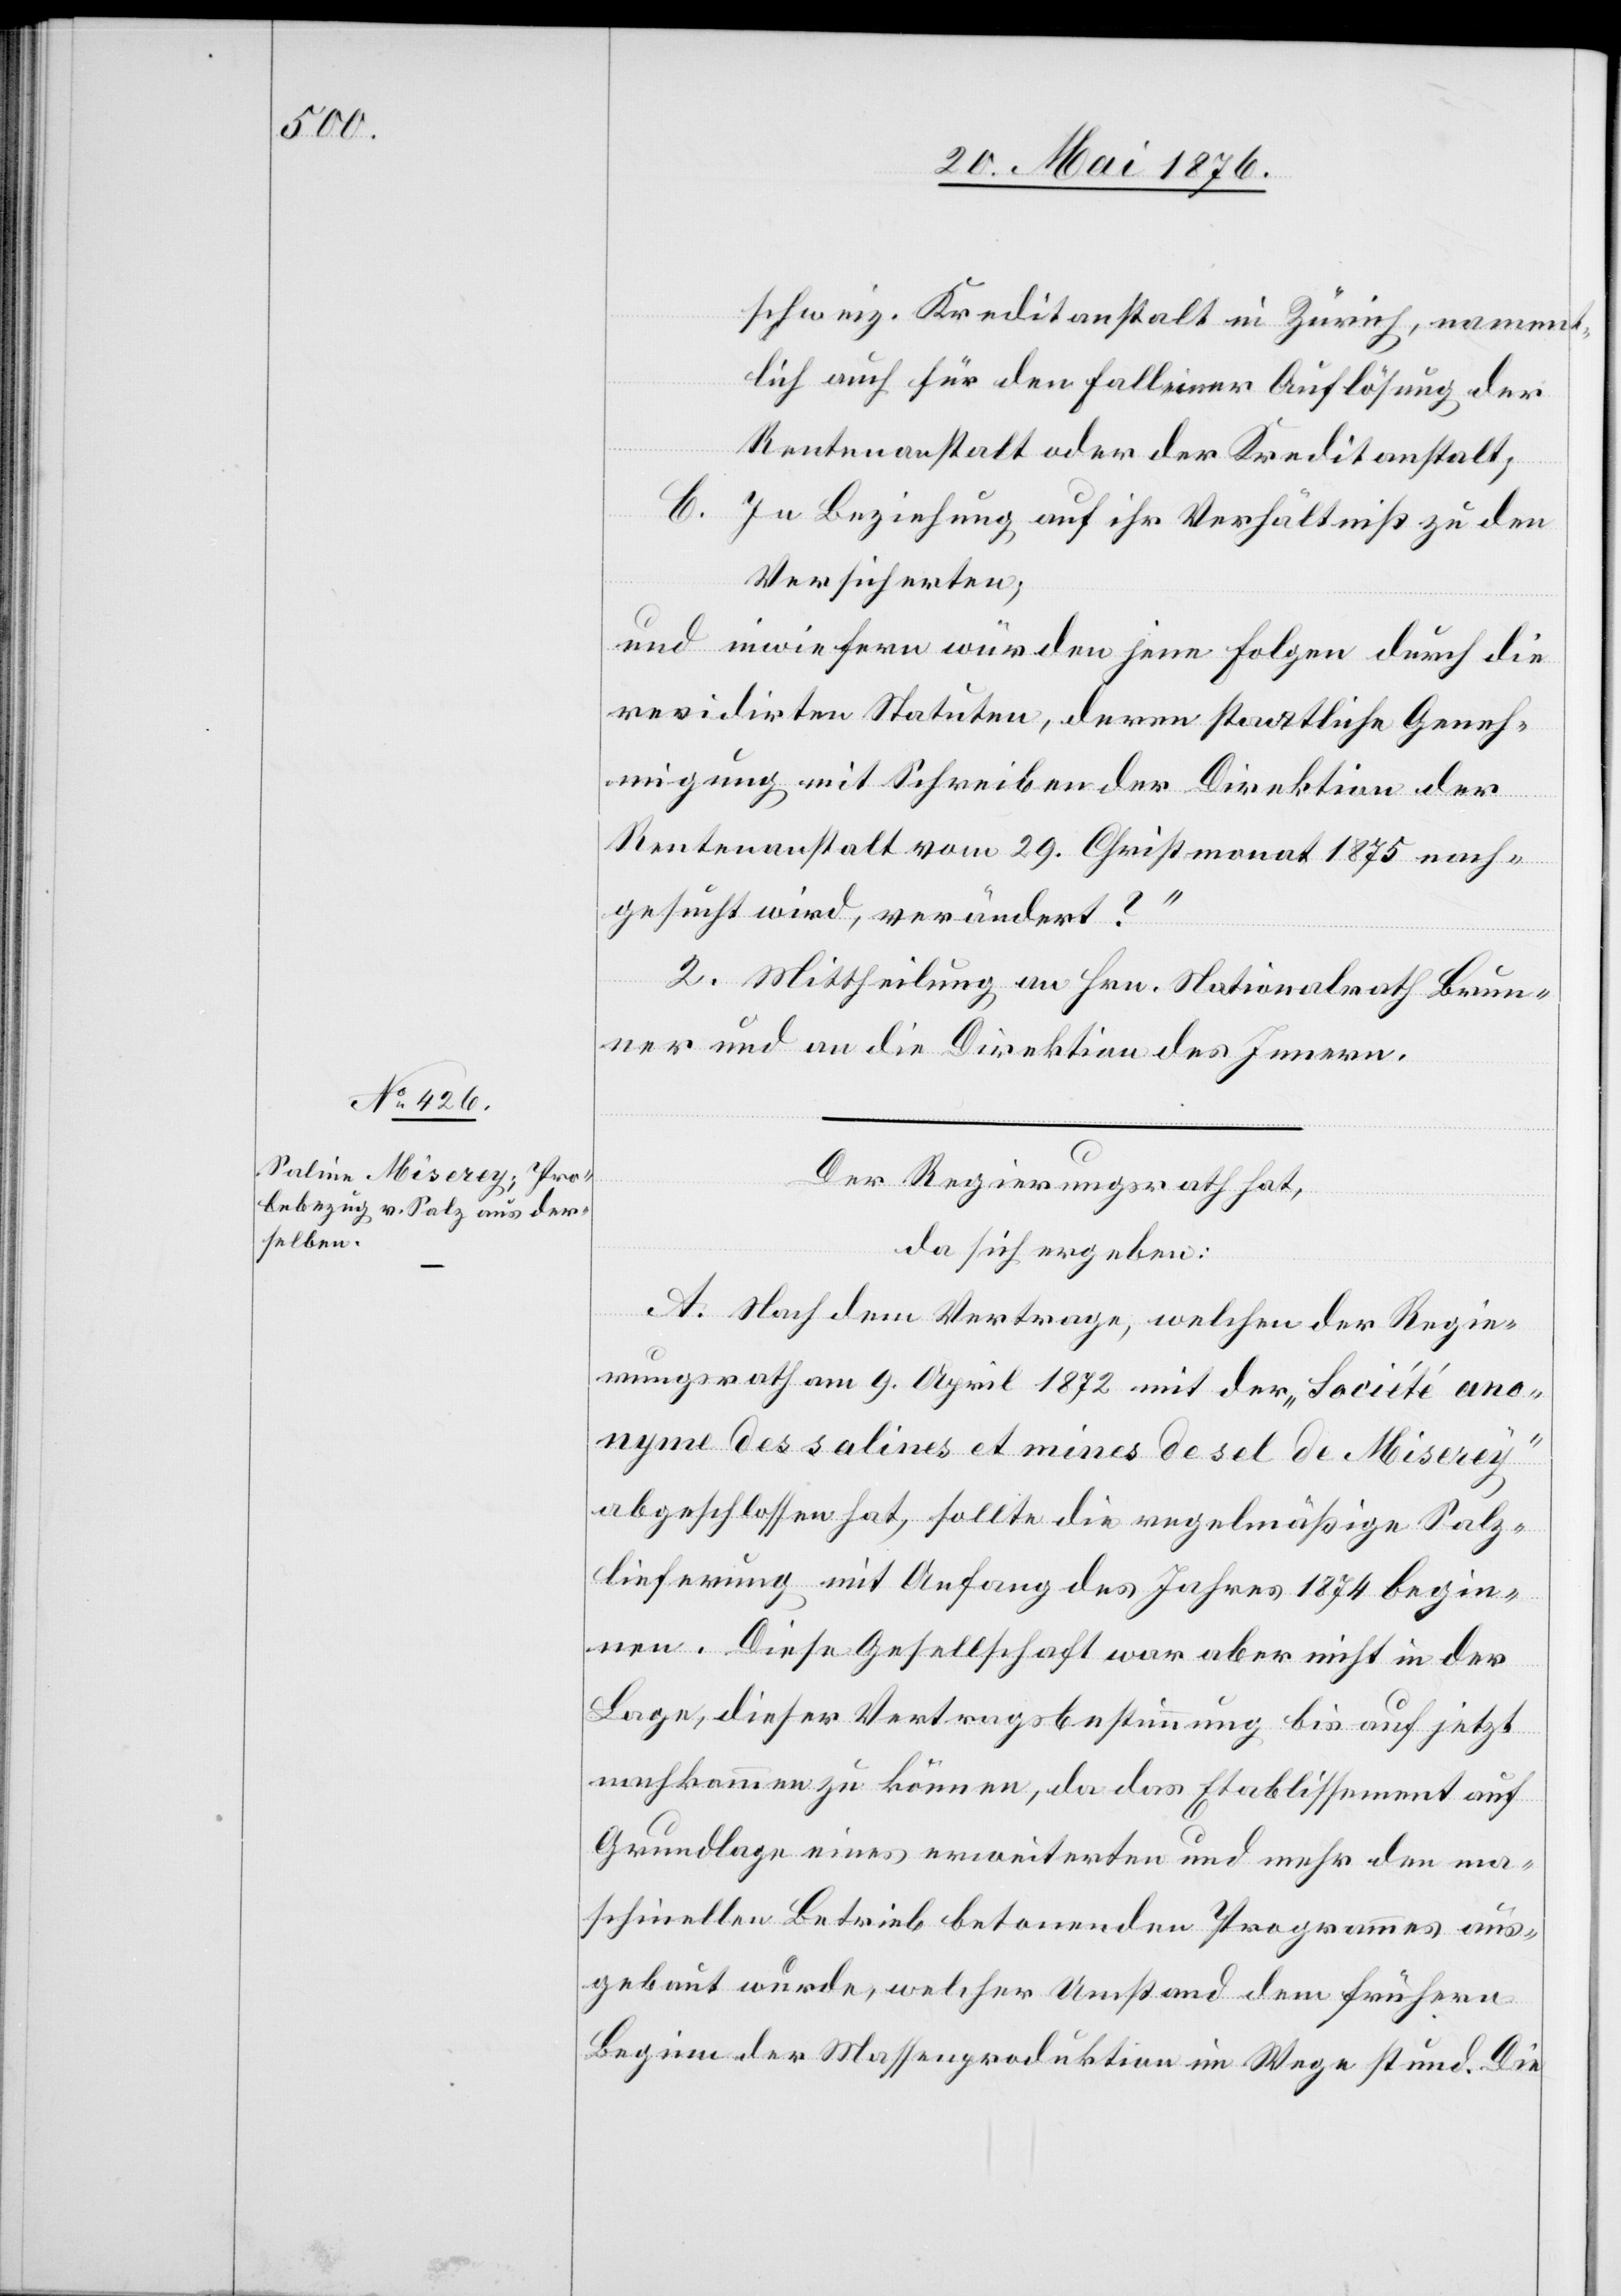
schweiz. Kreditanstalt in Zürich, nament¬
lich auch für den Fall einer Auflösung der
Rentenanstalt oder der Kreditanstalt;
C. In Beziehung auf ihr Verhältniß zu den
Versicherten;
und inwiefern würden jene Folgen durch die
revidirten Statuten, deren staatliche Geneh¬
migung mit Schreiben der Direktion der
Rentenanstalt vom 29. Christmonat 1875 nach¬
gesucht wird, verändert?“
2. Mittheilung an Hrn. Nationalrath Brun¬
ner und an die Direktion des Innern.
Der Regierungsrath,
da sich ergeben:
A. Nach der Vertrage, welchen der Regie¬
rungsrath am 9. April 1872 mit der „Société ano¬
nyme des salines et mines de sel de Miserey“
abgeschlossen hat, sollte die regelmäßige Salz¬
lieferung mit Anfang des Jahres 1874 begin¬
nen. Diese Gesellschaft war aber nicht in der
Lage, dieser Vertragsbestimmung bis auf jetzt
nachkommen zu können, da das Etablissement auf
Grundlage eines erweiterten und mehr den ma¬
schinellen Betrieb betonenden Programmes aus¬
gebaut wurde, welcher Umstand dem frühern
Beginn der Massenproduktion im Wege stand. Die